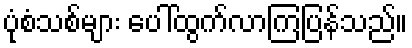
ပုံစံသစ်များ ပေါ်ထွက်လာကြပြန်သည်။